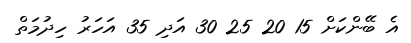
އެ ބޭންކަށް 15 20 25 30 އަދި 35 އަހަރު ހިދުމަތް